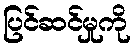
ပြင်ဆင်မှုကို